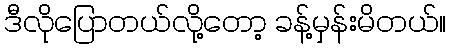
ဒီလိုပြောတယ်လို့တော့ ခန့်မှန်းမိတယ်။